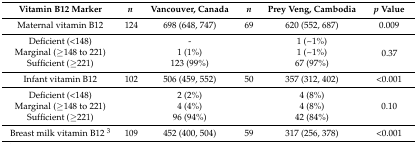
| Vitamin B12 Marker | n | Vancouver, Canada | n | Prey Veng, Cambodia | p Value |
 | --- | --- | --- | --- | --- | --- |
 | Maternal vitamin B12 | 124 | 698 (648, 747) | 69 | 620 (552, 687) | 0.009 |
 | Deficient (<148) |  | - |  | 1 (~1%) | <ROWSPAN=3> 0.37 |
 | Marginal (≥148 to 221) |  | 1 (1%) |  | 1 (~1%) |
 | Sufficient (≥221) |  | 123 (99%) |  | 67 (97%) |
 | Infant vitamin B12 | 102 | 506 (459, 552) | 50 | 357 (312, 402) | <0.001 |
 | Deficient (<148) |  | 2 (2%) |  | 4 (8%) | <ROWSPAN=3> 0.10 |
 | Marginal (≥148 to 221) |  | 4 (4%) |  | 4 (8%) |
 | Sufficient (≥221) |  | 96 (94%) |  | 42 (84%) |
 | Breast milk vitamin B12 3 | 109 | 452 (400, 504) | 59 | 317 (256, 378) | <0.001 |